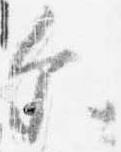
示